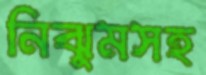
নিঝুমসহ